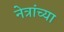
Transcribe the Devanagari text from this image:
नेत्रांच्या